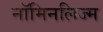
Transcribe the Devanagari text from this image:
नॉमिनलिज्म